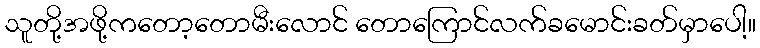
သူတို့အဖို့ကတော့တောမီးလောင် တောကြောင်လက်ခမောင်းခတ်မှာပေါ့။